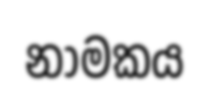
නාමකය